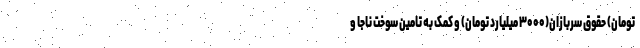
تومان) حقوق سربازان(۳۰۰۰ میلیارد تومان) و کمک به تامین سوخت ناجا و